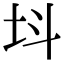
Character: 㘰